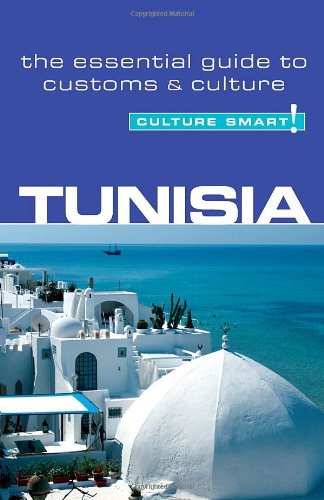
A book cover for Tunisia  - Culture Smart!: the essential guide to customs & culture; Gerald Zarr; Travel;